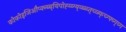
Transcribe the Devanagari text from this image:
कोकोइजिऔप्क्न्ब्ब्यिपोह्य्य्ग्य्व्ब्ब्व्त्च्व्त्र्फ्च्ग्फ्व्ग्व्ग